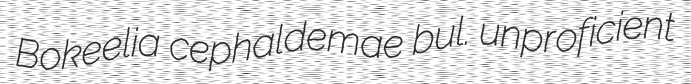
Bokeelia cephaldemae bul. unproficient